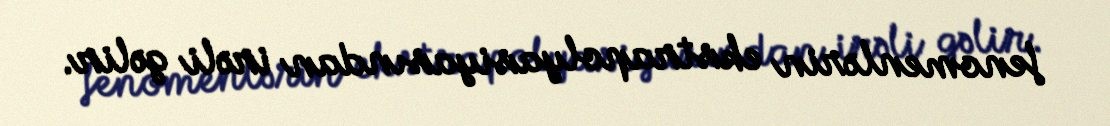
fenomenlərin ekstrapolyasiyasından irəli gəlir.